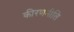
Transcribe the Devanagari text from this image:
कीरणनीति